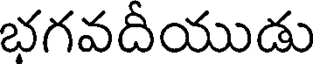
భగవదీయుడు